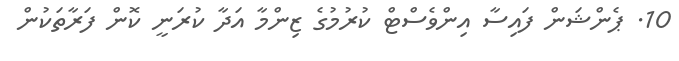
10. ޕެންޝަން ފައިސާ އިންވެސްޓް ކުރުމުގެ ޒިންމާ އަދާ ކުރަނީ ކޮން ފަރާތަކުން